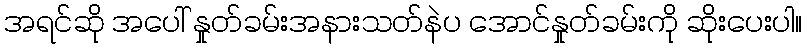
အရင်ဆို အပေါ် နှုတ်ခမ်းအနားသတ်နဲပ အောင်နှုတ်ခမ်းကို ဆိုးပေးပါ။